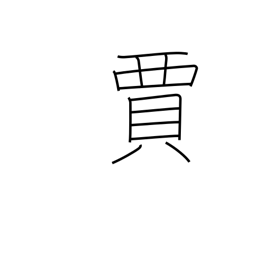
Meaning: tradesman